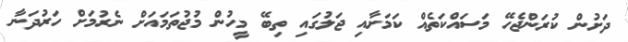
ދަށުން ކުރަންޖެހޭ މަސައްކަތެއް ކަމަށާއި ޖަލުގައި ތިބޭ މީހުން މުޖުތަމައަށް ނެރުމަށް ހަރުދަނާ